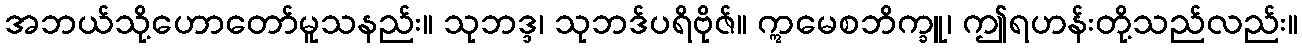
အဘယ်သို့ဟောတော်မူသနည်း။ သုဘဒ္ဒ၊ သုဘဒ်ပရိဗိုဇ်။ ဣမေစဘိက္ခူ၊ ဤရဟန်းတို့သည်လည်း။